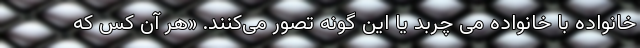
خانواده با خانواده می چربد یا این گونه تصور می‌کنند. «هر آن کس که